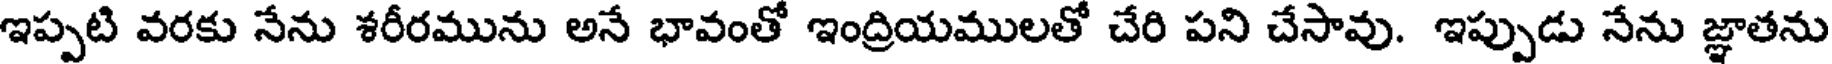
ఇప్పటి వరకు నేను శరీరమును అనే భావంతో ఇంద్రియములతో చేరి పని చేసావు. ఇప్పుడు నేను జ్ఞాతను